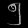
Digit: ၅